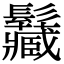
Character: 𩰅